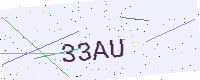
Text: 33AU